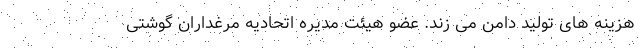
هزینه های تولید دامن می زند. عضو هیئت مدیره اتحادیه مرغداران گوشتی